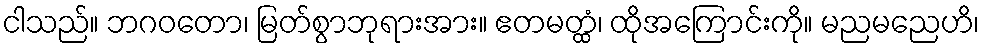
ငါသည်။ ဘဂဝတော၊ မြတ်စွာဘုရားအား။ ဧတမတ္ထံ၊ ထိုအကြောင်းကို။ မညမညေဟိ၊